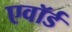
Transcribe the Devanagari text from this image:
एवॉर्ड